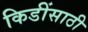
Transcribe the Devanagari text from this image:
किडींसाठी